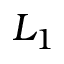
L _ { 1 }